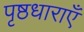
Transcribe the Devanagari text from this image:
पृष्ठधाराएँ